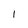
Character: 1